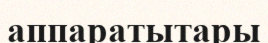
аппаратытары